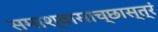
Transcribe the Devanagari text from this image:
समाश्वासाच्छास्त्रं